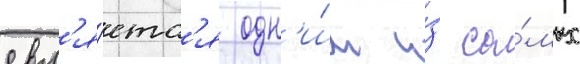
явл'я́етс'я одн'и́м и́з са́мых